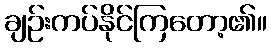
ချဉ်းကပ်နိုင်ကြတော့၏။